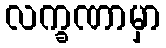
လက္ခဏာမှာ